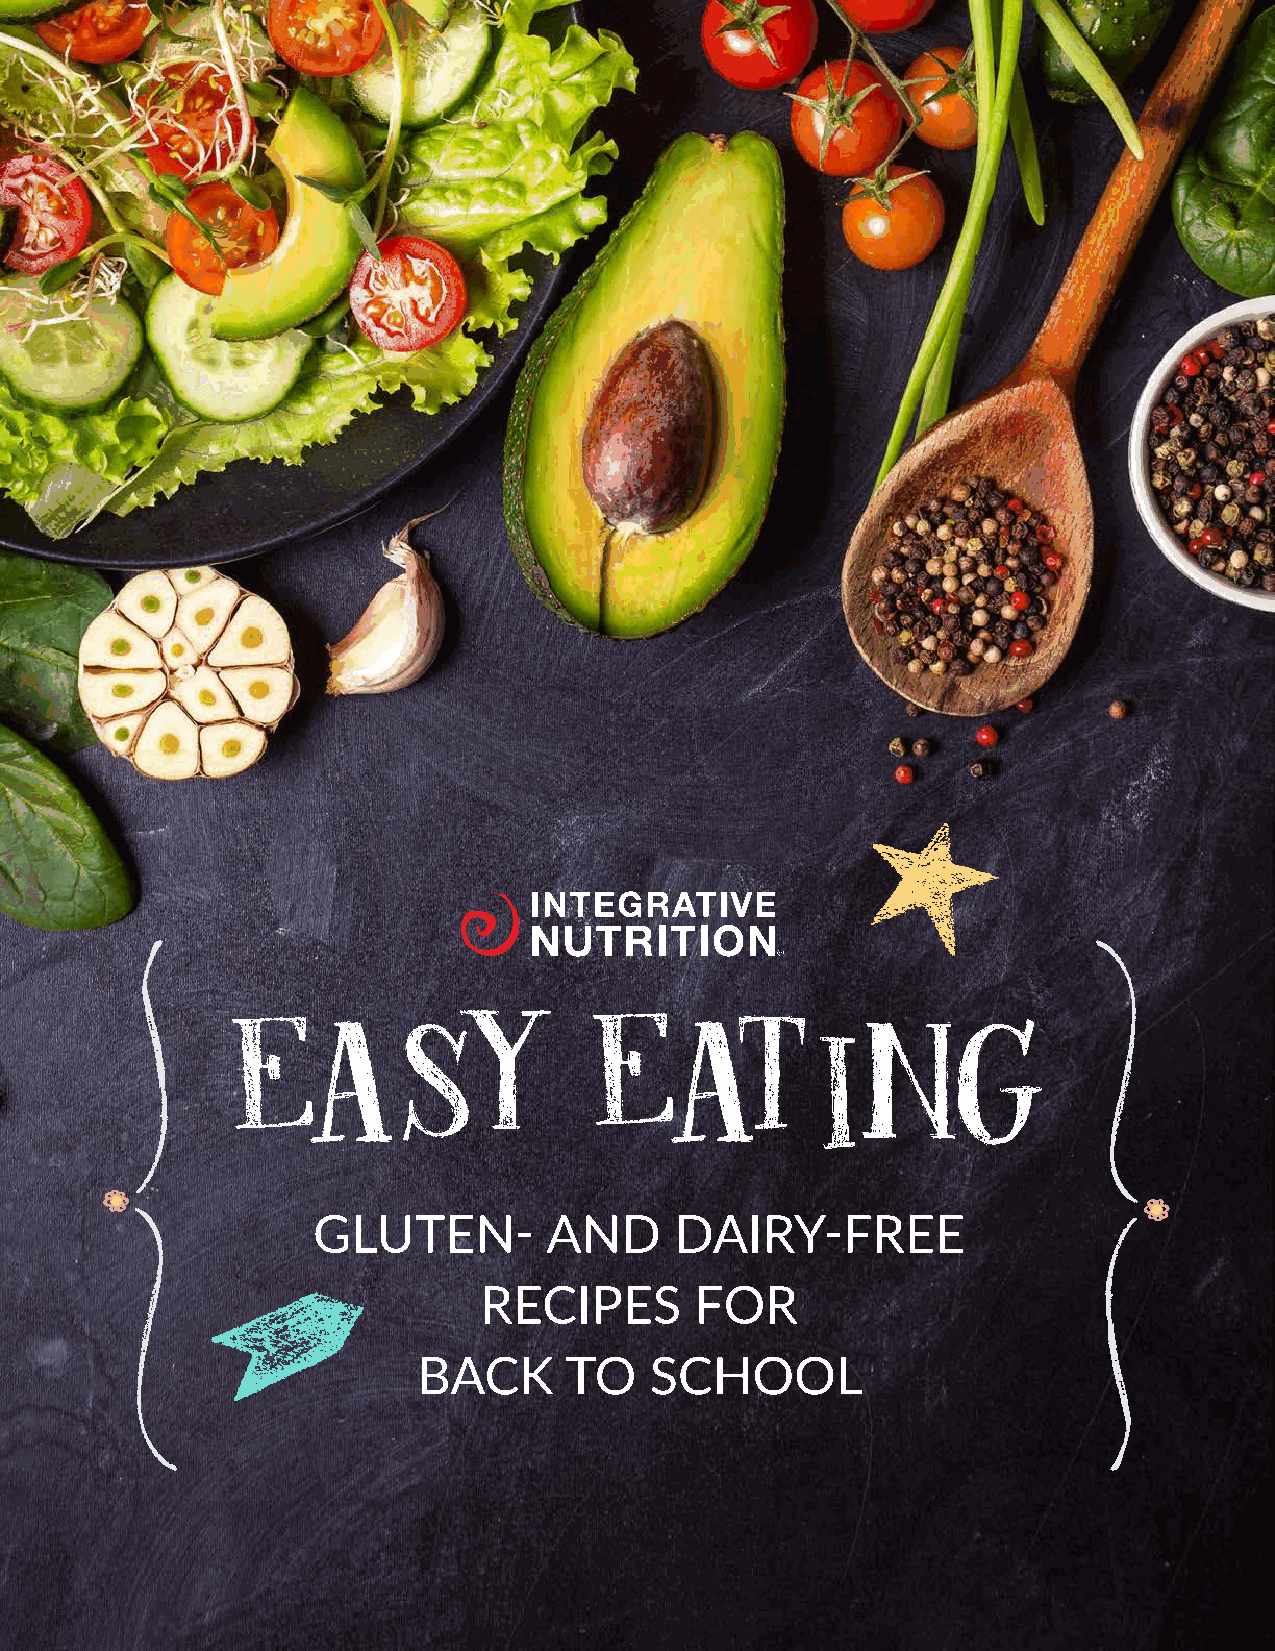
GLUTEN-        AND      DAIRY-FREE
 RECIPES       FOR
 BACK     TO    SCHOOL